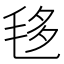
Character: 𣭧